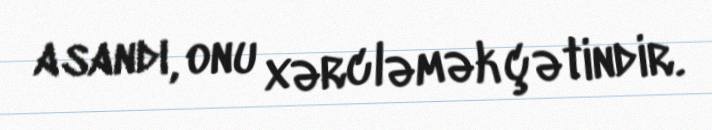
asandı, onu xərcləmək çətindir.